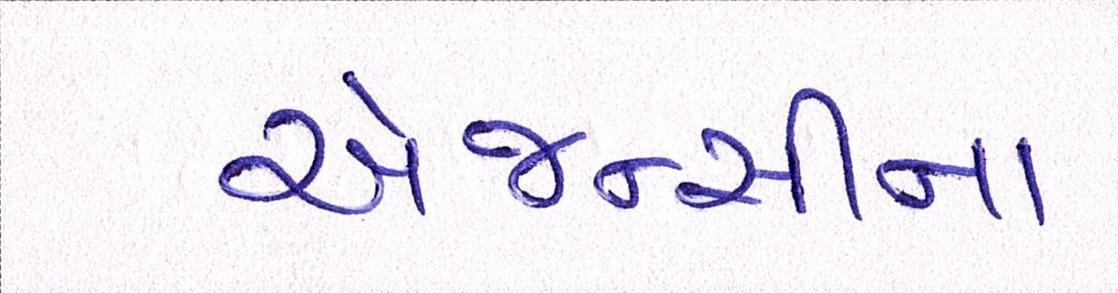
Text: એજન્સીના